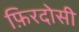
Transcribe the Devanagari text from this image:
फ़िरदोसी